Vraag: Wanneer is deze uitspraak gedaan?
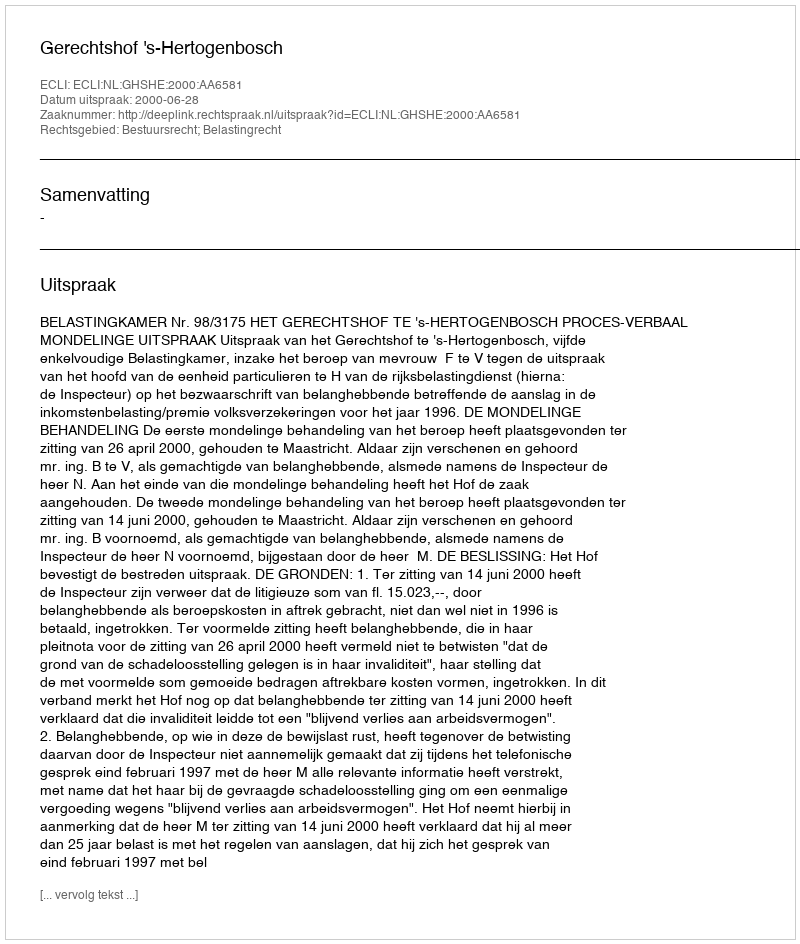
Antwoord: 2000-06-28